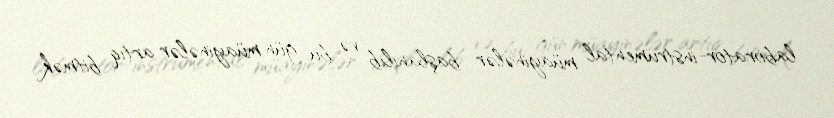
laborator-instrumental müayinələr başlanılıb və bu gün müayinələr artıq bitmək